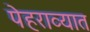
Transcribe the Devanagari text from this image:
पेहराव्यात